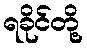
ရခိုင်တို့